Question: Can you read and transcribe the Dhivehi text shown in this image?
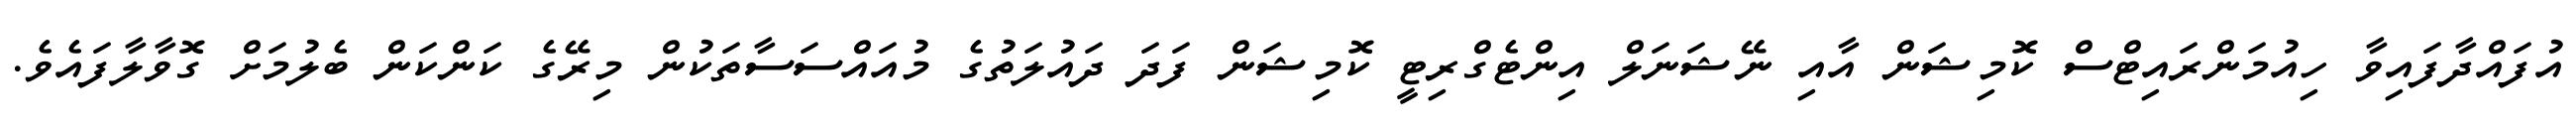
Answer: އުފައްދާފައިވާ ހިއުމަންރައިޓްސް ކޮމިޝަން އާއި ނޭޝަނަލް އިންޓެގްރިޓީ ކޮމިޝަން ފަދަ ދައުލަތުގެ މުއައްސަސާތަކުން މިރޭގެ ކަންކަން ބެލުމަށް ގޮވާލާފައެވެ.